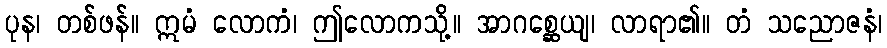
ပုန၊ တစ်ဖန်။ ဣမံ လောကံ၊ ဤလောကသို့။ အာဂစ္ဆေယျ၊ လာရာ၏။ တံ သညောဇနံ၊